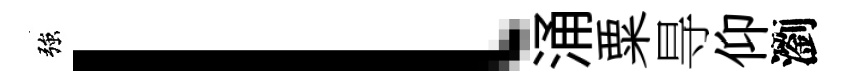
強l涌粟㝵仰瀏